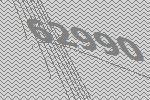
62990